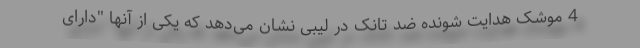
4 موشک هدایت شونده ضد تانک در لیبی نشان می‌دهد که یکی از آنها "دارای